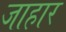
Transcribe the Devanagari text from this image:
जाहार